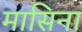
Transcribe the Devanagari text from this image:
मासिना